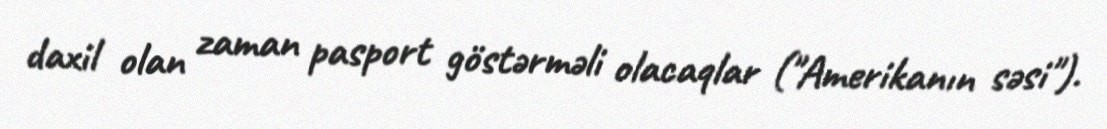
daxil olan zaman pasport göstərməli olacaqlar ("Amerikanın səsi").